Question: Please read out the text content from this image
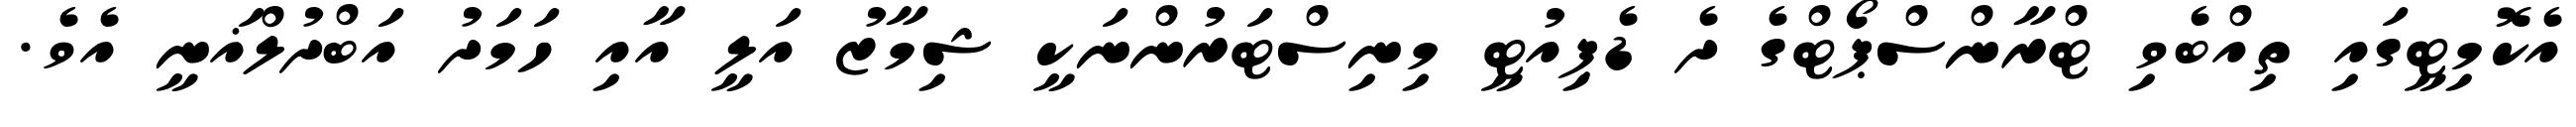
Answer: އެކޮމިޓީގައި ތިއްބެވި ޓްރާންސްޕޯޓްގެ ދެ ޑެޕިއުޓީ މިނިސްޓަރުންނަކީ ޝިމާޒު އަލީ އާއި ހަމަދު އަބްދުލްޣަނީ އެވެ.